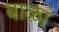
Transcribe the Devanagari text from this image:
बाळां